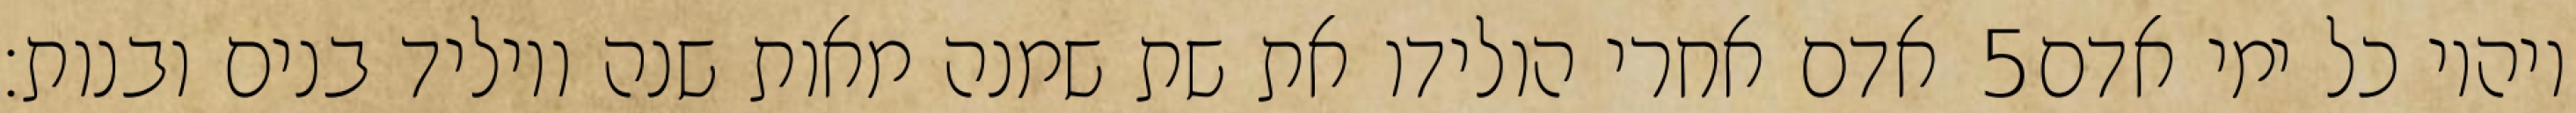
אדם אחרי הולידו את שת שמנה מאות שנה ויוליד בנים ובנות׃ ‎5‏ ויהיו כל ימי אדם